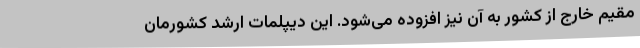
مقیم خارج از کشور به آن نیز افزوده می‌شود. این دیپلمات ارشد کشورمان